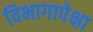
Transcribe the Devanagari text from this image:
विभागापेक्षा